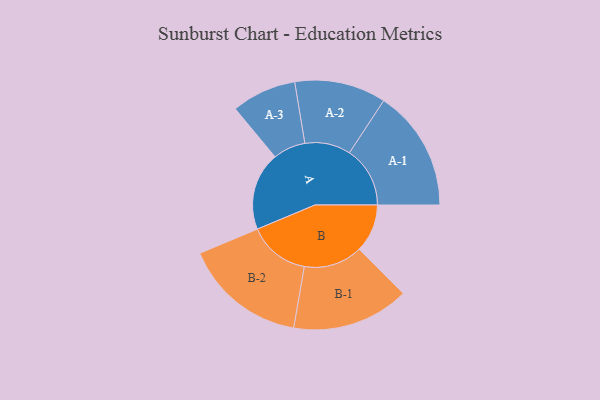
{"axis": {"x": "Segment", "y": "Value"}, "legend": ["", "A", "B"], "data": [{"x": "A", "y": 352, "type": ""}, {"x": "B", "y": 217, "type": ""}, {"x": "A-1", "y": 273, "type": "A"}, {"x": "A-2", "y": 206, "type": "A"}, {"x": "A-3", "y": 146, "type": "A"}, {"x": "B-1", "y": 264, "type": "B"}, {"x": "B-2", "y": 277, "type": "B"}]}